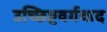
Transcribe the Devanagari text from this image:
उच्छिष्टवर्गवाद